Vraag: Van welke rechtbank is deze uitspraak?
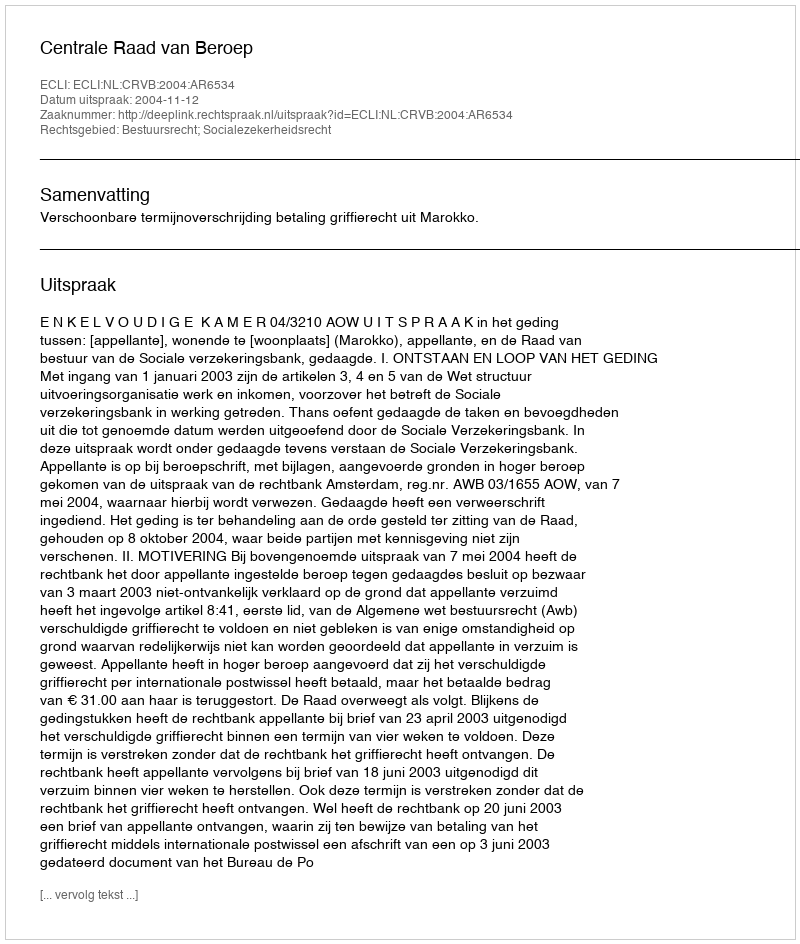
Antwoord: Centrale Raad van Beroep